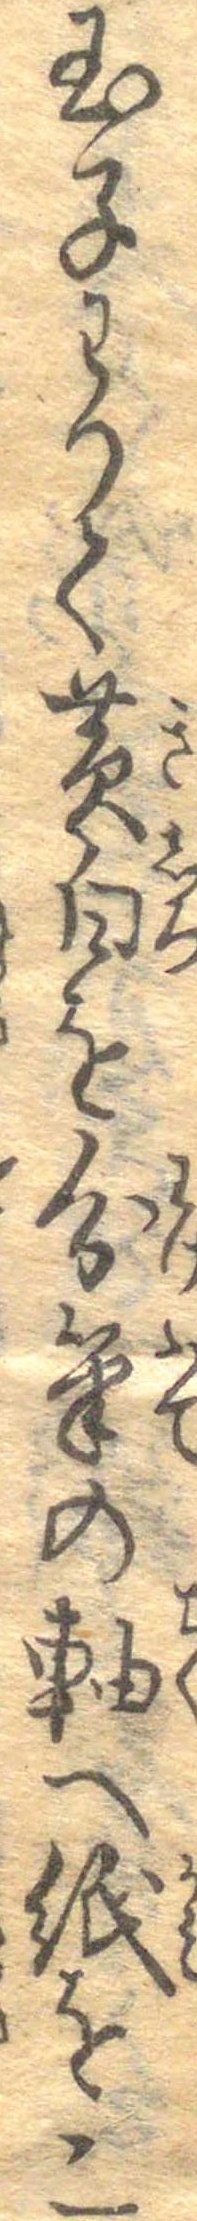
玉子わつて黄白を分筆の軸へ紙を二